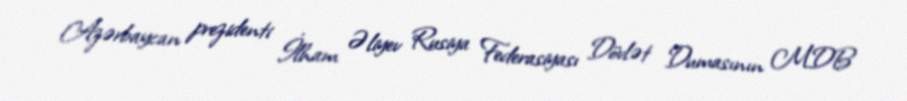
Azərbaycan prezidenti İlham Əliyev Rusiya Federasiyası Dövlət Dumasının MDB